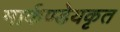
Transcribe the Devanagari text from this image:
मार्कण्डेयकृत